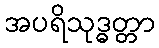
အပရိသုဒ္ဓတ္တာ